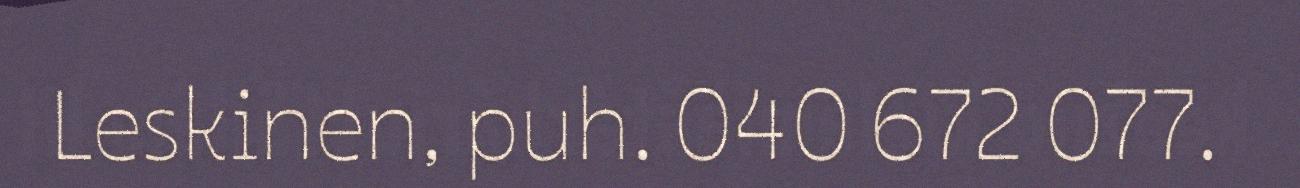
Leskinen, puh. 040 672 077.